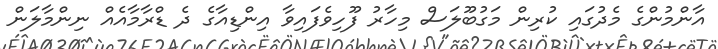
އާންމުންގެ މެދުގައި ކުރިން މަގުބޫލަސް މިހާރު ފޫހިވެފައިވާ އިންޑިއާގެ ދެ ޑްރާމާއެއް ނިންމާލަން